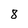
Character: 8